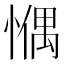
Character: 𢠉